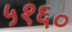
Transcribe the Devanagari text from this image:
५१६०